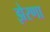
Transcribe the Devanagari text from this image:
झेरणा